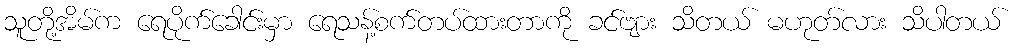
သူတို့အိမ်က ရေပိုက်ခေါင်းမှာ ရေသန့်စက်တပ်ထားတာကို ခင်ဗျား သိတယ် မဟုတ်လား သိပါတယ်